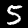
Label: 5